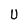
Character: U